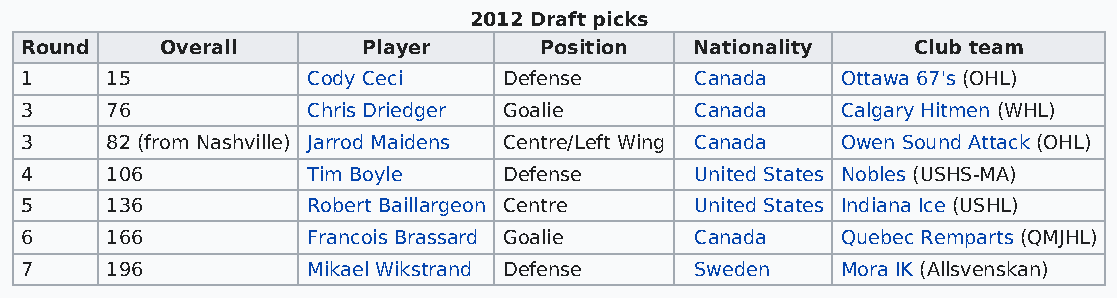
2012 Draft picks
 Round     Overall      Player      Position  Nationality   Club team
 1     15           Cody Ceci    Defense      Canada    Ottawa 67's (OHL)
 3     76           Chris Driedger Goalie     Canada    Calgary Hitmen (WHL)
 3     82 (from Nashville) Jarrod Maidens Centre/Left Wing Canada Owen Sound Attack (OHL)
 4     106          Tim Boyle    Defense      United States Nobles (USHS-MA)
 5     136          Robert Baillargeon Centre United States Indiana Ice (USHL)
 6     166          Francois Brassard Goalie  Canada    Quebec Remparts (QMJHL)
 7     196          Mikael Wikstrand Defense  Sweden    Mora IK (Allsvenskan)